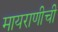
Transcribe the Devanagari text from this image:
मायराणीची